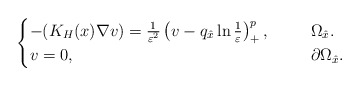
\begin{align*}\begin{cases}-(K_H(x)\nabla v)=\frac{1}{\varepsilon^2} \left (v-q_{\hat{x}}\ln\frac{1}{\varepsilon}\right )^{p}_+,\ \ \ \ &\ \Omega_{\hat{x}}.\\v=0,\ \ \ \ &\ \partial \Omega_{\hat{x}}.\end{cases}\end{align*}